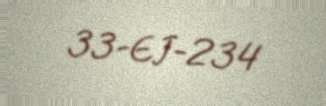
33-EJ-234